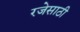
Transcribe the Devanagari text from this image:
रजेसाठी